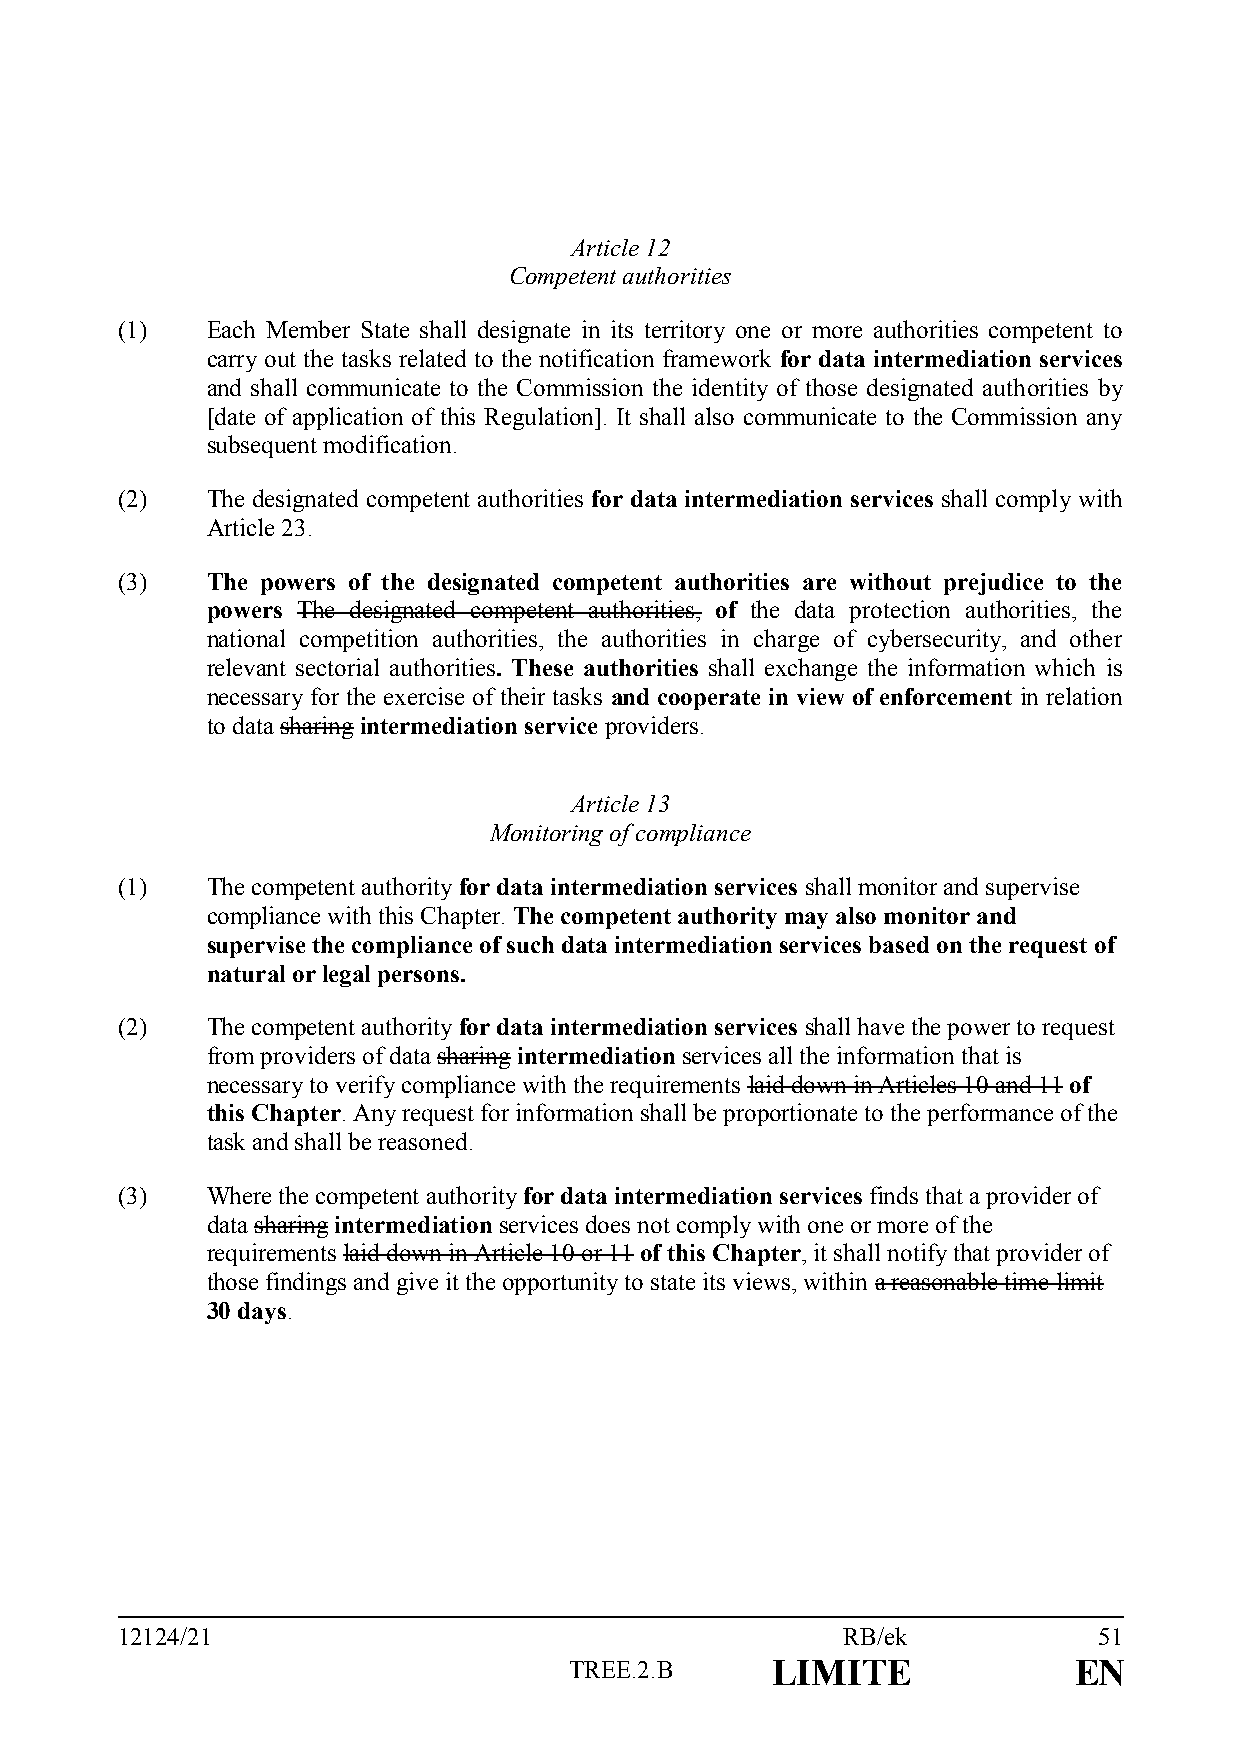
Article 12
 Competent authorities
 (1)   Each Member State shall designate in its territory one or more authorities competent to
 carry out the tasks related to the notification framework for data intermediation services
 and shall communicate to the Commission the identity of those designated authorities by
 [date of application of this Regulation]. It shall also communicate to the Commission any
 subsequent modification.
 (2)   The designated competent authorities for data intermediation services shall comply with
 Article 23.
 (3)   The powers of the designated competent authorities are without prejudice to the
 powers The designated competent authorities, of the data protection authorities, the
 national competition authorities, the authorities in charge of cybersecurity, and other
 relevant sectorial authorities. These authorities shall exchange the information which is
 necessary for the exercise of their tasks and cooperate in view of enforcement in relation
 to data sharing intermediation service providers.
 Article 13
 Monitoring of compliance
 (1)   The competent authority for data intermediation services shall monitor and supervise
 compliance with this Chapter. The competent authority may also monitor and
 supervise the compliance of such data intermediation services based on the request of
 natural or legal persons.
 (2)   The competent authority for data intermediation services shall have the power to request
 from providers of data sharing intermediation services all the information that is
 necessary to verify compliance with the requirements laid down in Articles 10 and 11 of
 this Chapter. Any request for information shall be proportionate to the performance of the
 task and shall be reasoned.
 (3)   Where the competent authority for data intermediation services finds that a provider of
 data sharing intermediation services does not comply with one or more of the
 requirements laid down in Article 10 or 11 of this Chapter, it shall notify that provider of
 those findings and give it the opportunity to state its views, within a reasonable time limit
 30 days.
 12124/21                                        RB/ek            51
 TREE.2.B     LIMITE              EN